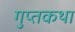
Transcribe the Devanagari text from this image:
गुप्तकथा